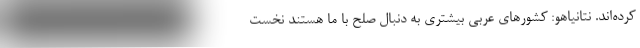
کرده‌اند. نتانیاهو: کشورهای عربی بیشتری به دنبال صلح با ما هستند نخست